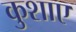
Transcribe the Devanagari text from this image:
कुशाए